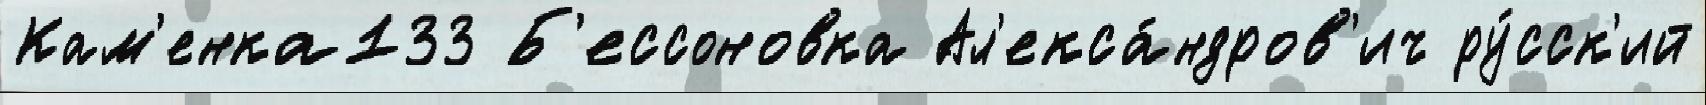
Кам'енка133 Б'ессоновка Ал'екса́ндров'ич ру́сск'ий